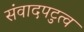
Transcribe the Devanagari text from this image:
संवादपटुत्व